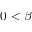
0 < \beta